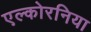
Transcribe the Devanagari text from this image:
एल्कोरनिया